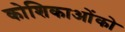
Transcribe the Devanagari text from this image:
कोशिकाओंको